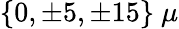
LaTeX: \{ 0,\pm 5,\pm 15\} ~\mu